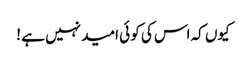
کیوں کہ اس کی کو ئی امید نہیں ہے !